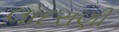
લોદરાણી